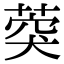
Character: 葖